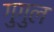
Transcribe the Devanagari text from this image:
गुगुल